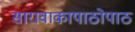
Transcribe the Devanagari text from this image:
सारावाकापाठोपाठ